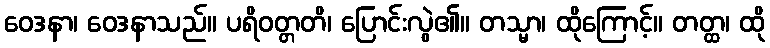
ဝေဒနာ၊ ဝေဒနာသည်။ ပရိဝတ္တတိ၊ ပြောင်းလွဲ၏။ တသ္မာ၊ ထိုကြောင့်။ တတ္ထ၊ ထို